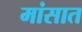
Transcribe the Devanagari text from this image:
मांसात